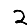
Digit: 2